Indian journal of veterinary science and animal husbandry - Volumes 18-21, 1948-1951
Year: 1948
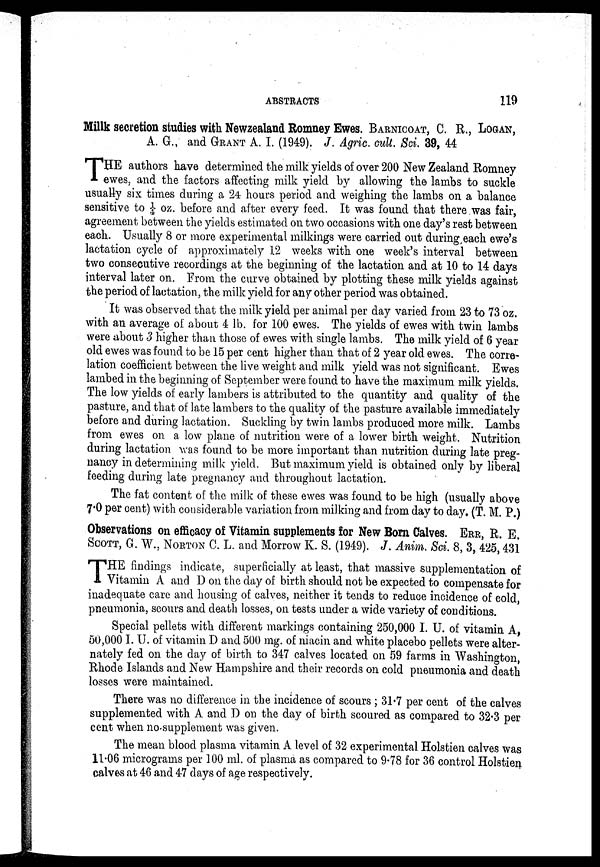
ABSTRACTS
119
Millk secretion studies with Newzealand Romney Ewes.BARNICOAT, C. R., LOGAN,
A. G., and GRANT A. I. (1949). J. Agric. cult. Sci. 39, 44
T HE authors have determined the milk yields of over 200 New Zealand Romney
ewes, and the factors affecting milk yield by allowing the lambs to suckle
usually six times during a 24 hours period and weighing the lambs on a balance
sensitive to 1/4 oz. before and after every feed. It was found that there was fair,
agreement between the yields estimated on two occasions with one day's rest between
each. Usually 8 or more experimental milkings were carried out during each ewe's
lactation cycle of approximately 12 weeks with one week's interval between
two consecutive recordings at the beginning of the lactation and at 10 to 14 days
interval later on. From the curve obtained by plotting these milk yields against
the period of lactation, the milk yield for any other period was obtained.
It was observed that the milk yield per animal per day varied from 23 to 73 oz.
with an average of about 4 lb. for 100 ewes. The yields of ewes with twin lambs
were about 3 higher than those of ewes with single lambs. The milk yield of 6 year
old ewes was found to be 15 per cent higher than that of 2 year old ewes. The corre-
lation coefficient between the live weight and milk yield was not significant. Ewes
lambed in the beginning of September were found to have the maximum milk yields.
The low yields of early lambers is attributed to the quantity and quality of the
pasture, and that of late lambers to the quality of the pasture available immediately
before and during lactation. Suckling by twin lambs produced more milk. Lambs
from ewes on a low plane of nutrition were of a lower birth weight. Nutrition
during lactation was found to be more important than nutrition during late preg-
nancy in determining milk yield. But maximum yield is obtained only by liberal
feeding during late pregnancy and throughout lactation.
The fat content of the milk of these ewes was found to be high (usually above
7.0 per cent) with considerable variation from milking and from day to day. (T. M. P.)
Observations on efficacy of Vitamin supplements for New Born Calves. ERR, R. E.
SCOTT, G. W., NORTON C. L. and Morrow K. S. (1949). J. Anim. Sci. 8, 3, 425, 431
T HE findings indicate, superficially at least, that massive supplementation of
Vitamin A and D on the day of birth should not be expected to compensate for
inadequate care and housing of calves, neither it tends to reduce incidence of cold,
pneumonia, scours and death losses, on tests under a wide variety of conditions.
Special pellets with different markings containing 250,000 I. U. of vitamin A,
50,000 I. U. of vitamin D and 500 mg. of niacin and white placebo pellets were alter-
nately fed on the day of birth to 347 calves located on 59 farms in Washington,
Rhode Islands and New Hampshire and their records on cold pneumonia and death
losses were maintained.
There was no difference in the incidence of scours ; 31.7 per cent of the calves
supplemented with A and D on the day of birth scoured as compared to 32.3 per
cent when no supplement was given.
The mean blood plasma vitamin A level of 32 experimental Holstien calves was
11.06 micrograms per 100 ml. of plasma as compared to 9.78 for 36 control Holstien
calves at 46 and 47 days of age respectively.